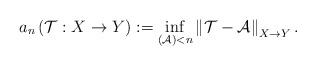
LaTeX: \begin{align*}{a}_{n}\left(\mathcal{T}:X\to Y\right):=\inf_{\left(\mathcal{A}\right)<n}\left\Vert \mathcal{T}-\mathcal{A}\right\Vert _{X\to Y}.\end{align*}